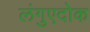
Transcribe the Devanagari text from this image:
लंगुएदोक